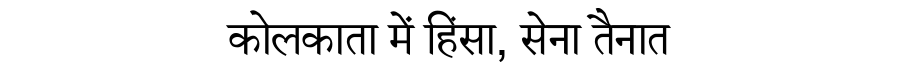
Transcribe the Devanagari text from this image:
कोलकाता में हिंसा, सेना तैनात